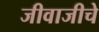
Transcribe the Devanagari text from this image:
जीवाजीचे